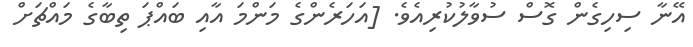
އޭނާ ސިހިގެން ގޮސް ސުވާލުކުރިއެވެ. [އަހަރެންގެ މަންމަ އާއި ބައްޕަ ތިބާގެ މައްޗަށް